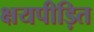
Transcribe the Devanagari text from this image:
क्षयपीड़ित